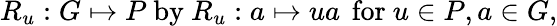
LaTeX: R_{u}:G\mapsto P\mathrm{~by~}R_{u}:a\mapsto ua\, \mathrm{~for~}u\in P,a\in G,